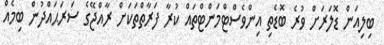
ބިލިއަން ޑޮލަރަށް ވުރެ ބޮޑެތި އިންވެސްޓްމަންޓްތައް ކުރާ ފަރާތްތަކަށް ރާއްޖޭގެ ސަރަޙައްދުން ބިމެއް